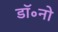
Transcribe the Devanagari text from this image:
डॉ॰नो